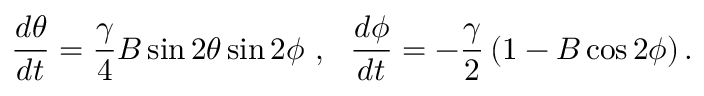
\frac { d \theta } { d t } = \frac { \gamma } { 4 } B \sin 2 \theta \sin 2 \phi ~ , ~ ~ \frac { d \phi } { d t } = - \frac { \gamma } { 2 } \left( 1 - B \cos 2 \phi \right) .